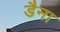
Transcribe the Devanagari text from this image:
डैना